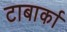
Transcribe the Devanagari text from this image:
टाबार्का